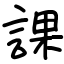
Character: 課